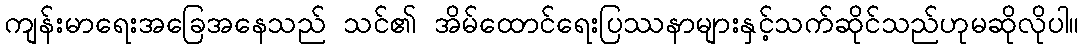
ကျန်းမာရေးအခြေအနေသည် သင်၏ အိမ်ထောင်ရေးပြဿနာများနှင့်သက်ဆိုင်သည်ဟုမဆိုလိုပါ။